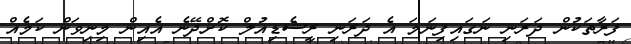
ފަރާތަކުން ދަަރަނި ނަގައިފިނަމަ އެ ދަރަނި ރީޝެޑިއުލް ކޮށްދޭނެ އެއިން މިނިވަން ކަމެއް